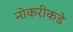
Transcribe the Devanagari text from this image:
नोकरीकडे